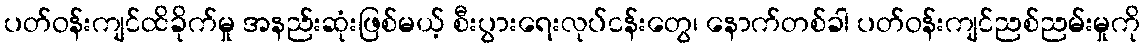
ပတ်ဝန်းကျင်ထိခိုက်မှု အနည်းဆုံးဖြစ်မယ့် စီးပွားရေးလုပ်ငန်းတွေ၊ နောက်တစ်ခါ ပတ်ဝန်းကျင်ညစ်ညမ်းမှုကို